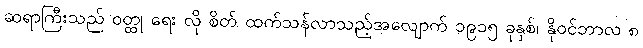
ဆရာကြီးသည် ဝတ္ထု ရေး လို စိတ် ထက်သန်လာသည့်အလျောက် ၁၉၁၅ ခုနှစ်၊ နိုဝင်ဘာလ ၈